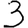
Digit: 3